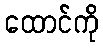
ထောင်ကို